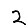
Digit: 2